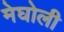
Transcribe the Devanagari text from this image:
मेघोली